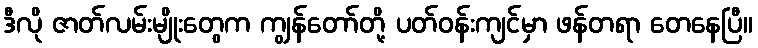
ဒီလို ဇာတ်လမ်းမျိုးတွေက ကျွန်တော်တို့ ပတ်ဝန်းကျင်မှာ ဖန်တရာ တေနေပြီ။